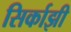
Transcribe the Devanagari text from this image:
सिर्काझी